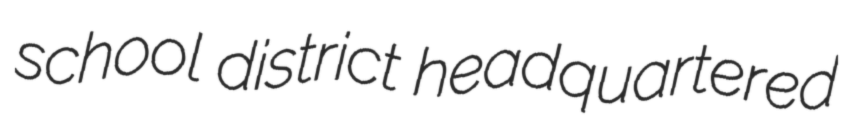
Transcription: school district headquartered